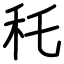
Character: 秅